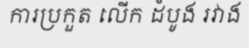
ការប្រកួត លើក ដំបូង រវាង